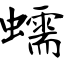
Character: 蠕